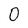
Character: 0